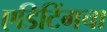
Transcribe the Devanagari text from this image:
एडिटिंगचा